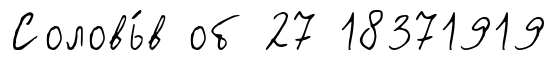
Соловь́в об 27 18371919